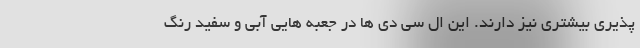
پذیری بیشتری نیز دارند. این ال سی دی ها در جعبه هایی آبی و سفید رنگ